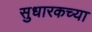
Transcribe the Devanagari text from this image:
सुधारकच्या